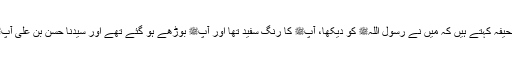
1564: سیدنا ابو جحیفہؓ کہتے ہیں کہ میں نے رسول اللہﷺ کو دیکھا، آپﷺ کا رنگ سفید تھا اور آپﷺ بوڑھے ہو گئے تھے اور سیدنا حسن بن علیؓ آپﷺ کے مشابہ تھے۔